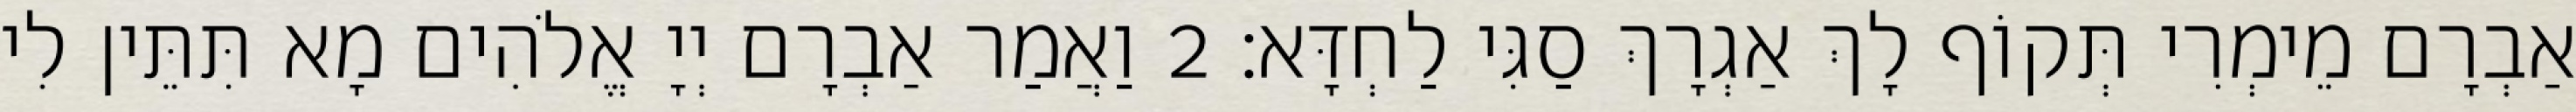
אַבְרָם מֵימְרִי תְּקוֹף לָךְ אַגְרָךְ סַגִּי לַחְדָּא׃ 2 וַאֲמַר אַבְרָם יְיָ אֱלֹהִים מָא תִּתֵּין לִי